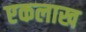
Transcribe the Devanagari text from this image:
एकलाख